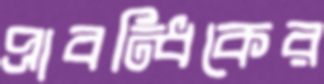
প্রাবন্ধিকের